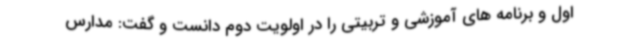
اول و برنامه های آموزشی و تربیتی را در اولویت دوم دانست و گفت: مدارس